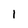
Character: I